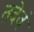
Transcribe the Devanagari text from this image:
तदेवं